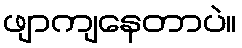
ဖျာကျနေတာပဲ။